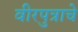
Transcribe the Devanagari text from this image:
वीरपुत्राचे